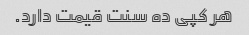
هر کپی ده سنت قیمت دارد.